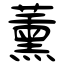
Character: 薰